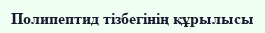
Полипептид тізбегінің құрылысы